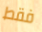
فقط